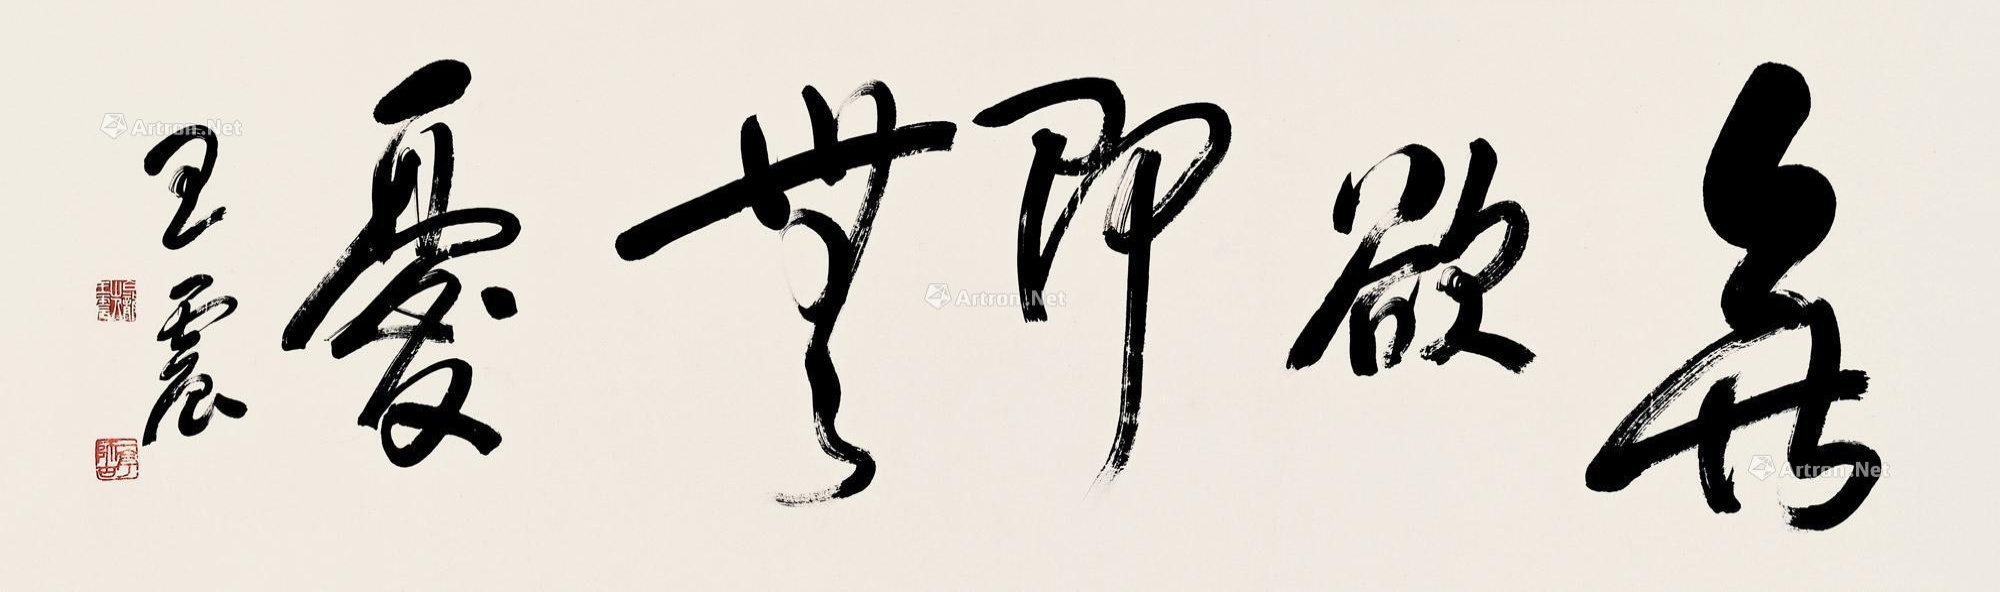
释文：无欲即无忧。王震。